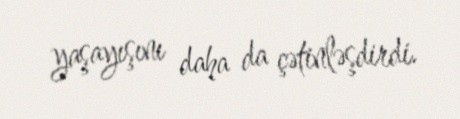
yaşayışını daha da çətinləşdirdi.